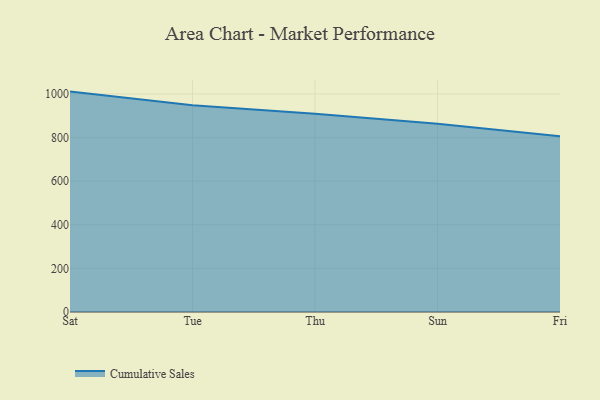
{"axis": {"x": "Day", "y": "Inventory Turnover"}, "legend": ["Cumulative Sales"], "data": [{"x": "Sat", "y": 1010.7, "type": "Cumulative Sales"}, {"x": "Tue", "y": 947.7, "type": "Cumulative Sales"}, {"x": "Thu", "y": 909.5, "type": "Cumulative Sales"}, {"x": "Sun", "y": 863.2, "type": "Cumulative Sales"}, {"x": "Fri", "y": 805.4, "type": "Cumulative Sales"}]}